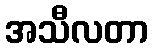
အသီလတာ